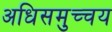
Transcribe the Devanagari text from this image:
अधिसमुच्चय